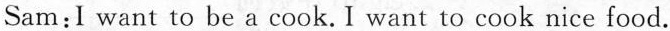
Sam: I want to be a cook. I want to cook nice food.